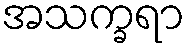
အသက္ခရာ